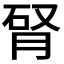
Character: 𦛯